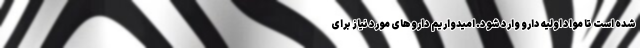
شده است تا مواد اولیه دارو وارد شود. امیدواریم داروهای مورد نیاز برای